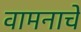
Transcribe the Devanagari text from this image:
वामनाचे